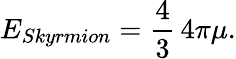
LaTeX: E_{Skyrmion}={\frac{4}{3}}\, 4\pi\mu.